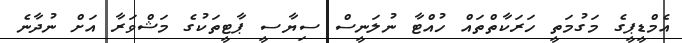
އެމްޑީޕީގެ މަގުމަތީ ހަރަކާތްތައް ހުއްޓާ ނުލަނީސް ސިޔާސީ ޕާޓީތަކުގެ މަޝްވަރާ އަށް ނުދާނެ